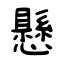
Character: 懸